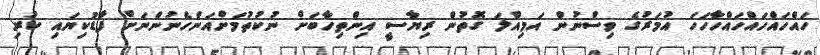
ހައްހައްހައްހައްހާހަހަ އުމަރުގެ ވިސްނުން އަމިއްލަ ގޮތުން ރިޔާސީ އިންތިހާބަށް ނުކުތުމަށްއަންހެނުންނަށް ފާޑުކިޔައި ކުރި